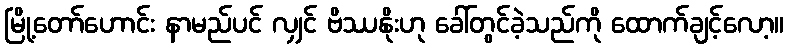
မြို့တော်ဟောင်း နာမည်ပင် လျှင် ဗိဿနိုးဟု ခေါ်တွင်ခဲ့သည်ကို ထောက်ချင့်လော့။